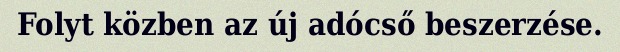
Folyt közben az új adócső beszerzése.